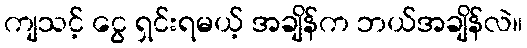
ကျသင့် ငွေ ရှင်းရမယ့် အချိန်က ဘယ်အချိန်လဲ။